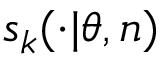
s _ { k } ( \cdot | \theta , n )